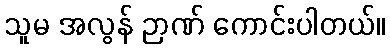
သူမ အလွန် ဉာဏ် ကောင်းပါတယ်။